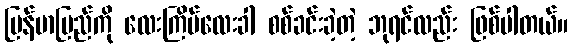
မြန်မာပြည်ကို လေးကြိမ်လေးခါ စစ်ခင်းခဲ့တဲ့ ဘုရင်လည်း ဖြစ်ပါတယ်။